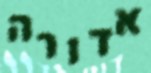
אדורה